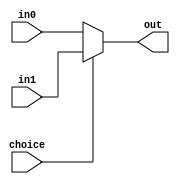
`timescale 1ns / 1ps
//////////////////////////////////////////////////////////////////////////////////
// Company: 
// Engineer: 
// 
// Design Name: 
// Module Name: Mux
// Project Name: 
// Target Devices: 
// Tool Versions: 
// Description: 
// 
// Dependencies: 
// 
// Revision:
// Revision 0.01 - File Created
// Additional Comments:
// 
//////////////////////////////////////////////////////////////////////////////////


module Mux #(
    parameter WIDTH = 32
)(
    input choice,
    input [WIDTH-1:0] in0,
    input [WIDTH-1:0] in1,
    output [WIDTH-1:0] out
);

assign out = (choice == 0)?in0:in1;
endmodule